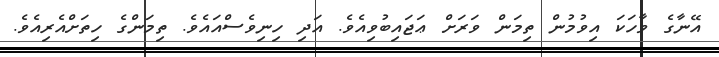
އޭނާގެ ވާހަކަ އިވުމުން ތިމަން ވަރަށް ޢަޖައިބުވިއެވެ. އަދި ހިނިވެސްއައެވެ. ތިމަންގެ ހިތަށްއެރިއެވެ.